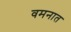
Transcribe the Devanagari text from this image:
वमनात